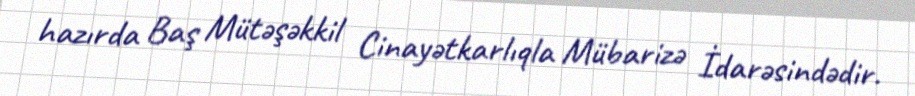
hazırda Baş Mütəşəkkil Cinayətkarlıqla Mübarizə İdarəsindədir.